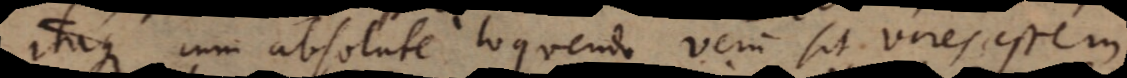
Itaque cum absolute loquendo verum sit vires esse in